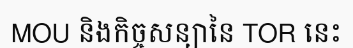
MOU និងកិច្ចសន្យានៃ TOR នេះ